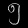
Digit: ၅